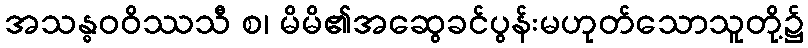
အသန္ဓဝဝိဿသီ စ၊ မိမိ၏အဆွေခင်ပွန်းမဟုတ်သောသူတို့၌